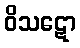
ဝိသဋော